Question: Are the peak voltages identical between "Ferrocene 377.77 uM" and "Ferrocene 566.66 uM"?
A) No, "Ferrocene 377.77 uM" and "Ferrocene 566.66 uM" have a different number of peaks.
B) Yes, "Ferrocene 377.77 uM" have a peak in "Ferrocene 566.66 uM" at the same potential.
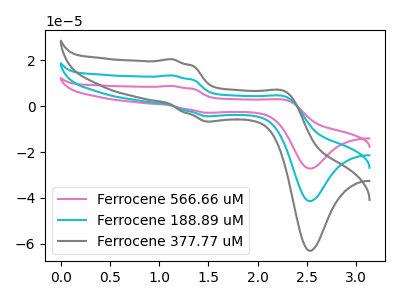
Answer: <think>The pink curve "Ferrocene 566.66 uM" has anodic peaks at (1.15V, 26.95uA) (2.30V, 8.35uA) and cathodic peaks at (1.55V, -8.75uA) (2.55V, -82.85uA). The cyan curve "Ferrocene 188.89 uM" has anodic peaks at (1.15V, 13.50uA) (2.30V, 4.20uA) and cathodic peaks at (1.55V, -4.40uA) (2.55V, -41.40uA). The gray curve "Ferrocene 377.77 uM" has anodic peaks at (1.15V, 20.50uA) (2.30V, 6.35uA) and cathodic peaks at (1.55V, -6.65uA) (2.55V, -63.05uA).</think>
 <answer>B) Yes, "Ferrocene 377.77 uM" have a peak in "Ferrocene 566.66 uM" at the same potential.</answer>
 <eval>B</eval>